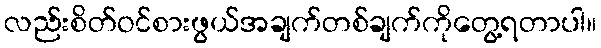
လည်းစိတ်ဝင်စားဖွယ်အချက်တစ်ချက်ကိုတွေ့ရတာပါ။